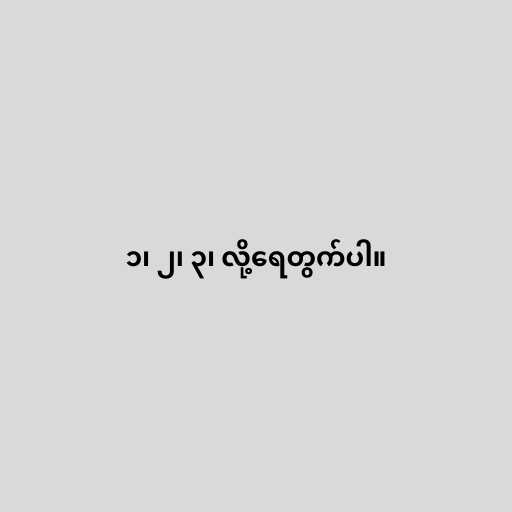
၁၊ ၂၊ ၃၊ လို့ရေတွက်ပါ။